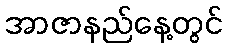
အာဇာနည်နေ့တွင်